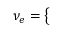
\nu _ { e } = \left\{ \begin{array} { l l } { \begin{array} { r l r } \end{array} } \end{array} \right.